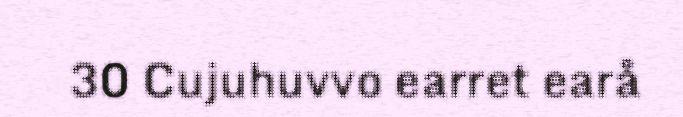
30 Cujuhuvvo earret earå